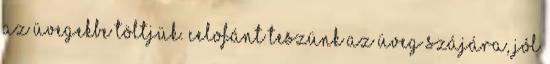
az üvegekbe töltjük. Celofánt teszünk az üveg szájára, jól